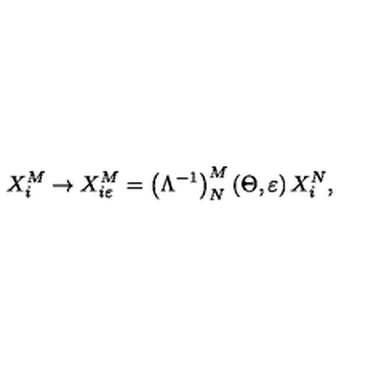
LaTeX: X _ { i } ^ { M } \rightarrow X _ { i \varepsilon } ^ { M } = \left( \Lambda ^ { - 1 } \right) _ { N } ^ { M } \left( \Theta , \varepsilon \right) X _ { i } ^ { N } ,